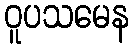
ဝူပသမေန